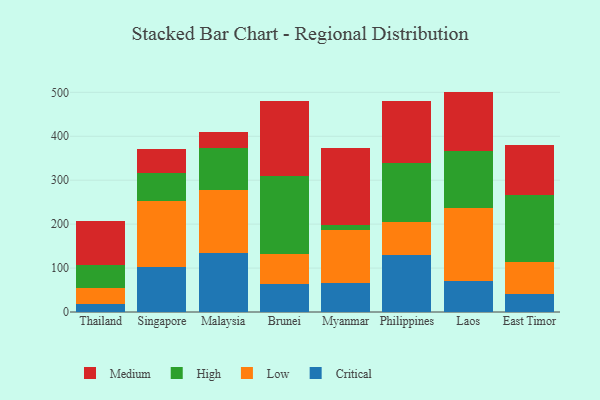
{"axis": {"x": "Country", "y": "Bounce Rate (%)"}, "legend": ["Critical", "High", "Low", "Medium"], "data": [{"x": "Thailand", "y": 19.3, "type": "Critical"}, {"x": "Thailand", "y": 36.1, "type": "Low"}, {"x": "Thailand", "y": 52.1, "type": "High"}, {"x": "Thailand", "y": 98.8, "type": "Medium"}, {"x": "Singapore", "y": 102.5, "type": "Critical"}, {"x": "Singapore", "y": 150.8, "type": "Low"}, {"x": "Singapore", "y": 63.2, "type": "High"}, {"x": "Singapore", "y": 55.4, "type": "Medium"}, {"x": "Malaysia", "y": 133.9, "type": "Critical"}, {"x": "Malaysia", "y": 143.0, "type": "Low"}, {"x": "Malaysia", "y": 96.7, "type": "High"}, {"x": "Malaysia", "y": 35.4, "type": "Medium"}, {"x": "Brunei", "y": 63.3, "type": "Critical"}, {"x": "Brunei", "y": 68.9, "type": "Low"}, {"x": "Brunei", "y": 176.6, "type": "High"}, {"x": "Brunei", "y": 171.9, "type": "Medium"}, {"x": "Myanmar", "y": 66.5, "type": "Critical"}, {"x": "Myanmar", "y": 121.2, "type": "Low"}, {"x": "Myanmar", "y": 10.5, "type": "High"}, {"x": "Myanmar", "y": 175.0, "type": "Medium"}, {"x": "Philippines", "y": 130.7, "type": "Critical"}, {"x": "Philippines", "y": 74.0, "type": "Low"}, {"x": "Philippines", "y": 135.4, "type": "High"}, {"x": "Philippines", "y": 139.3, "type": "Medium"}, {"x": "Laos", "y": 70.6, "type": "Critical"}, {"x": "Laos", "y": 166.0, "type": "Low"}, {"x": "Laos", "y": 130.7, "type": "High"}, {"x": "Laos", "y": 134.4, "type": "Medium"}, {"x": "East Timor", "y": 40.5, "type": "Critical"}, {"x": "East Timor", "y": 72.2, "type": "Low"}, {"x": "East Timor", "y": 154.2, "type": "High"}, {"x": "East Timor", "y": 112.5, "type": "Medium"}]}